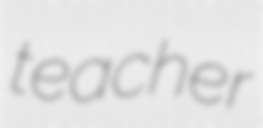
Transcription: teacher